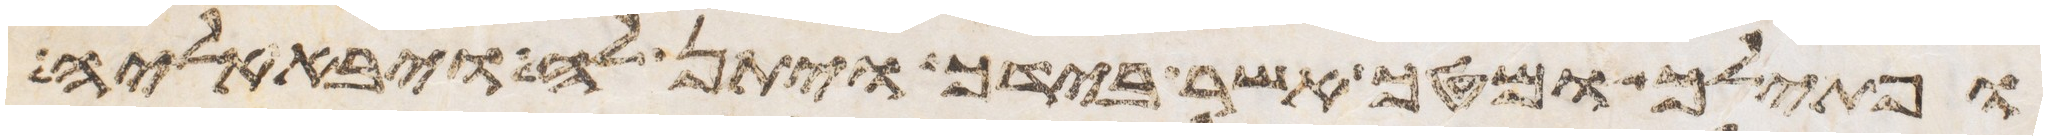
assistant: ופתילך ומטך אשר בידך ויתן לה ויבא אליה